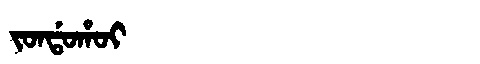
Manchu: ᠵᠣᠨᡩᠣᡥᠣᡳ
Romanization: JONDOHOI